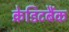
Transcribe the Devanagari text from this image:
क्रेडिटबैंक